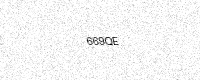
Text: 669QE